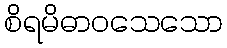
စိရမိဓာဝသေသော